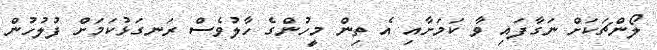
ލޯންޗަކަށް ނަގާފައި ވާ ކަމަށާއި އެ ތިން މީހުންގެ ހާލުވެސް ރަނގަޅުކަމަށް ފުލުހުން